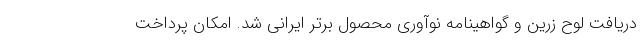
دریافت لوح زرین و گواهینامه نوآوری محصول برتر ایرانی شد. امکان پرداخت